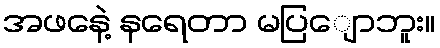
အဖနေဲ့ နရေတာ မပြျောဘူး။